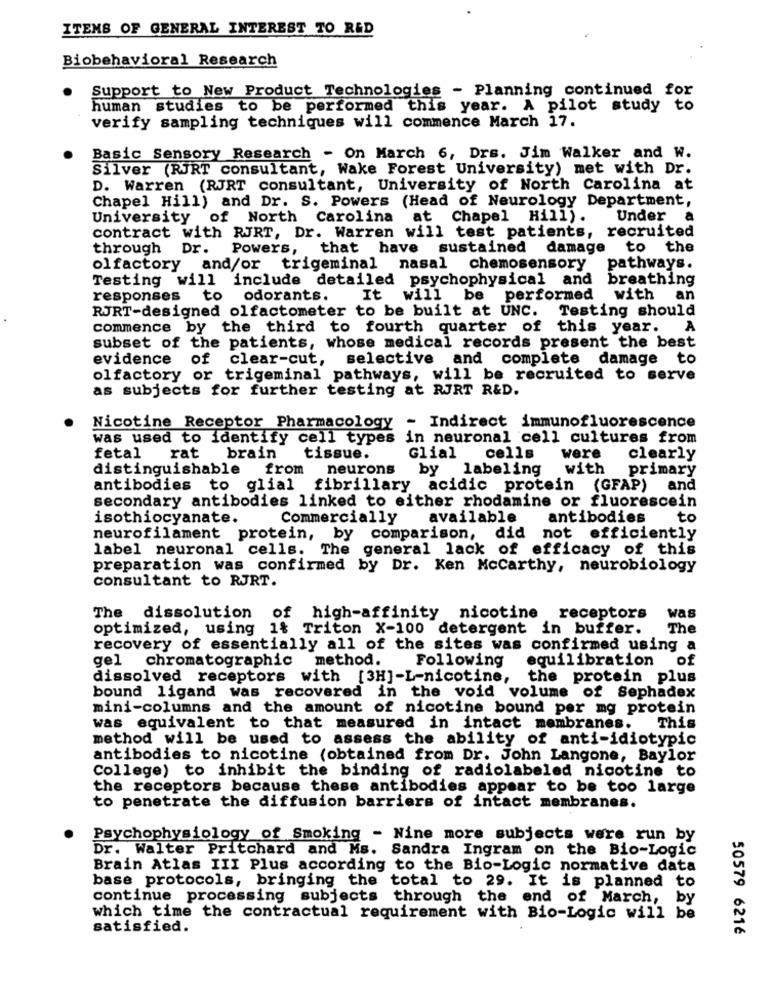
ITEMS OF GENERAL INTEREST TO RED
Biobehavioral Research
Support to New Product Technologies - Planning continued for
human studies to be performed this year. A pilot study to
verify sampling techniques will commence March 17.
Basic Sensory Research - On March 6, Drs. Jim Walker and W.
Silver (RJRT consultant, Wake Forest University) met with Dr.
D. Warren (RJRT consultant, University of North Carolina at
Chapel Hill) and Dr. S. Powers (Head of Neurology Department,
University of North Carolina at
Chapel Hill).
Under a
contract with RJRT, Dr. Warren will test patients, recruited
through Dr. Powers,
that have sustained damage to the
olfactory and/or trigeminal nasal
chemosensory
pathways.
Testing will include detailed psychophysical and breathing
responses
to odorants.
It will be performed with an
RJRT-designed olfactometer to be built at UNC.
Testing should
commence by the third to fourth quarter of this year. A
subset of the patients, whose medical records present the best
evidence of clear-cut, selective and complete damage to
olfactory or trigeminal pathways, will be recruited to serve
as subjects for further testing at RJRT R&D.
Nicotine Receptor Pharmacology - Indirect immunofluorescence
was used to identify cell types in neuronal cell cultures from
were
fetal
rat brain
tissue.
Glial
cells
clearly
distinguishable
from
neurons
by labeling
with
primary
antibodies to glial fibrillary
acidic protein (GFAP) and
secondary antibodies linked to either rhodamine or fluorescein
isothiocyanate.
Commercially
available
antibodies
to
did
not
neurofilament protein,
by comparison,
efficiently
label neuronal cells. The general lack of efficacy of this
preparation was confirmed by Dr. Ken Mccarthy, neurobiology
consultant to RJRT.
The
dissolution of high-affinity nicotine receptors
was
optimized, using 1% Triton X-100 detergent in buffer.
The
recovery of essentially all of the sites was confirmed using a
gel chromatographic
method. Following
equilibration
of
dissolved receptors with [3H]-L-nicotine, the protein plus
bound ligand was recovered in the void volume of Sephadex
mini-columns and the amount of nicotine bound per mg protein
This
was equivalent to that measured in intact membranes.
method will be used to assess the ability of anti-idiotypic
antibodies to nicotine (obtained from Dr. John Langone, Baylor
College) to inhibit the binding of radiolabeled nicotine to
the receptors because these antibodies appear to be too large
to penetrate the diffusion barriers of intact membranes.
Psychophysiology of Smoking - Nine more subjects were run by
Dr. Walter Pritchard and Ms. Sandra Ingram on the Bio-Logic
Brain Atlas III Plus according to the Bio-Logic normative data
base protocols, bringing the total to 29. It is planned to
continue processing subjects through the end of March, by
which time the contractual requirement with Bio-Logic will be
satisfied.
50579 6216